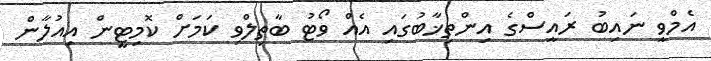
އެމްވީ ނައިބު ރައީސްގެ އިންތިޚާބުގައި އެއް ވޯޓު ބާތިލްވި ކަމަށް ކޮމިޓީން އިއުލާން